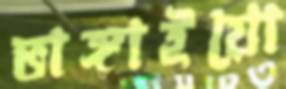
ভাঙ্গাইয়ো